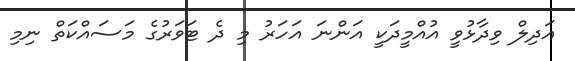
އަދިލް ވިދާޅުވީ އުއްމީދަކީ އަންނަ އަހަރު މި ދެ ޓަވަރުގެ މަސައްކަތް ނިމި